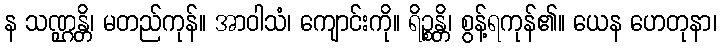
န သဏ္ဌန္တိ၊ မတည်ကုန်။ အာဝါသံ၊ ကျောင်းကို။ ရိဉ္စန္တိ၊ စွန့်ရကုန်၏။ ယေန ဟေတုနာ၊